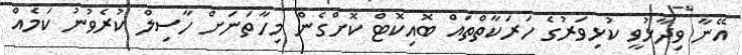
އޭނާ ވިދާޅުވީ ކުޅިވަރުގެ ހަރަކާތްތައް ބޮއިކޮޓް ކޮށްގެން މިހާތަނަށް ހާސިލް ކުރެވުނު ކަމެއް